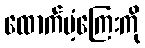
ထောက်ပံ့ကြေးကို